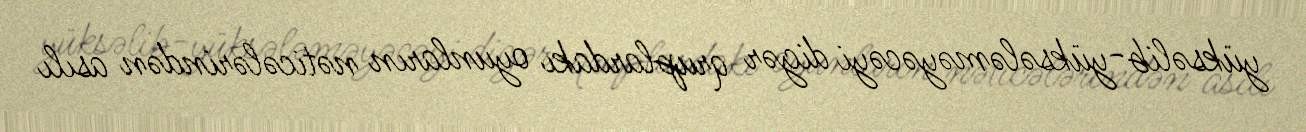
yüksəlib-yüksələməyəcəyi digər qruplardakı oyunların nəticələrindən asılı